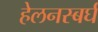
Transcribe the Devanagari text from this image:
हेलनस्बर्घ